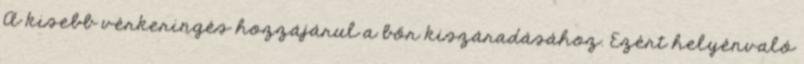
A kisebb vérkeringés hozzájárul a bőr kiszáradásához. Ezért helyénvaló